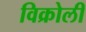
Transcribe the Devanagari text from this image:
विक्रोली